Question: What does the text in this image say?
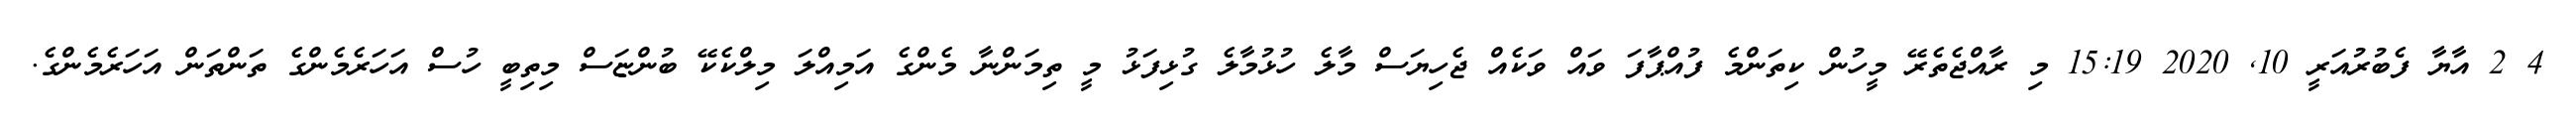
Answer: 4 2 އާޔާ ފެބުރުއަރީ 10, 2020 15:19 މި ރާއްޖެތެރޭ މީހުން ކިތަންމެ ފުއްޕާފަ ވައް ވަކެއް ޖެހިޔަސް މާލެ ހުޅުމާލެ ގުޅިފަޅު މީ ތިމަންނާ މެންގެ އަމިއްލަ މިލްކެކޭ ބުންޏަސް މިތިބީ ހުސް އަހަރެމެންގެ ތަންތަން އަހަރެމެންގެ.